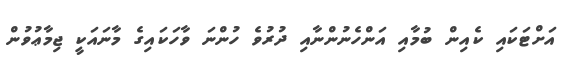
އަށްޓަކައި ކެއިން ބުމާއި އަންހެނުންނާއި ދުރުވެ ހުންނަ ވާހަކައިގެ މާނައަކީ ޖިމާޢުވުން